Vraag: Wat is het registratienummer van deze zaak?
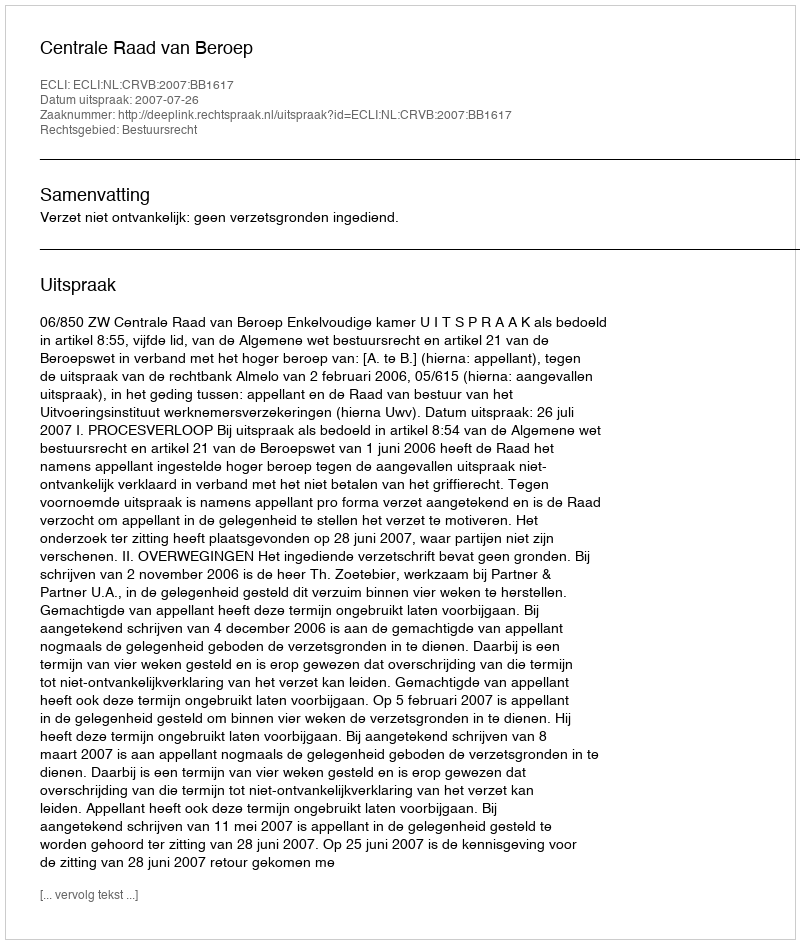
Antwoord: http://deeplink.rechtspraak.nl/uitspraak?id=ECLI:NL:CRVB:2007:BB1617